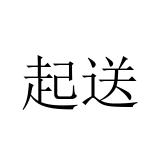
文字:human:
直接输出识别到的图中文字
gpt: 起送